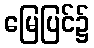
မြေပြင်၌